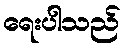
ရေးပါသည်